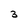
Character: 3